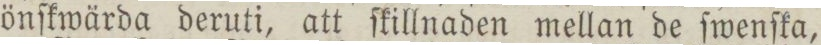
önſkwärda deruti, att ſkillnaden mellan de ſwenſka,